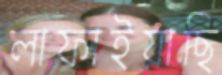
লাফাইয়াছি